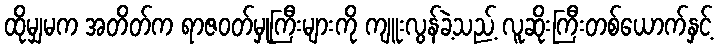
ထိုမျှမက အတိတ်က ရာဇဝတ်မှုကြီးများကို ကျူးလွန်ခဲ့သည့် လူဆိုးကြီးတစ်ယောက်နှင့်